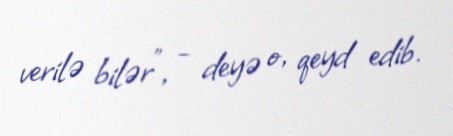
verilə bilər", - deyə o, qeyd edib.